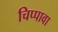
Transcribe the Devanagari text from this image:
चिप्पावा